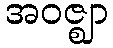
အဝဇ္ဈာ